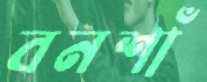
বনশাঁ